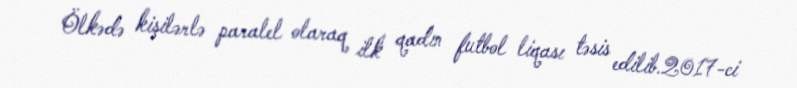
Ölkədə kişilərlə paralel olaraq ilk qadın futbol liqası təsis edilib.2017-ci